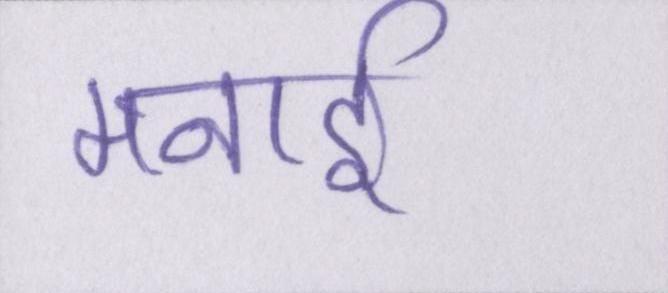
मनाई